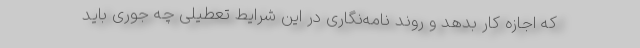
که اجازه کار بدهد و روند نامه‌نگاری در این شرایط تعطیلی چه جوری باید